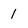
Character: 1